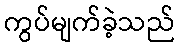
ကွပ်မျက်ခဲ့သည်